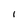
Character: I